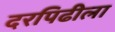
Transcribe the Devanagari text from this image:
दरपिढीला